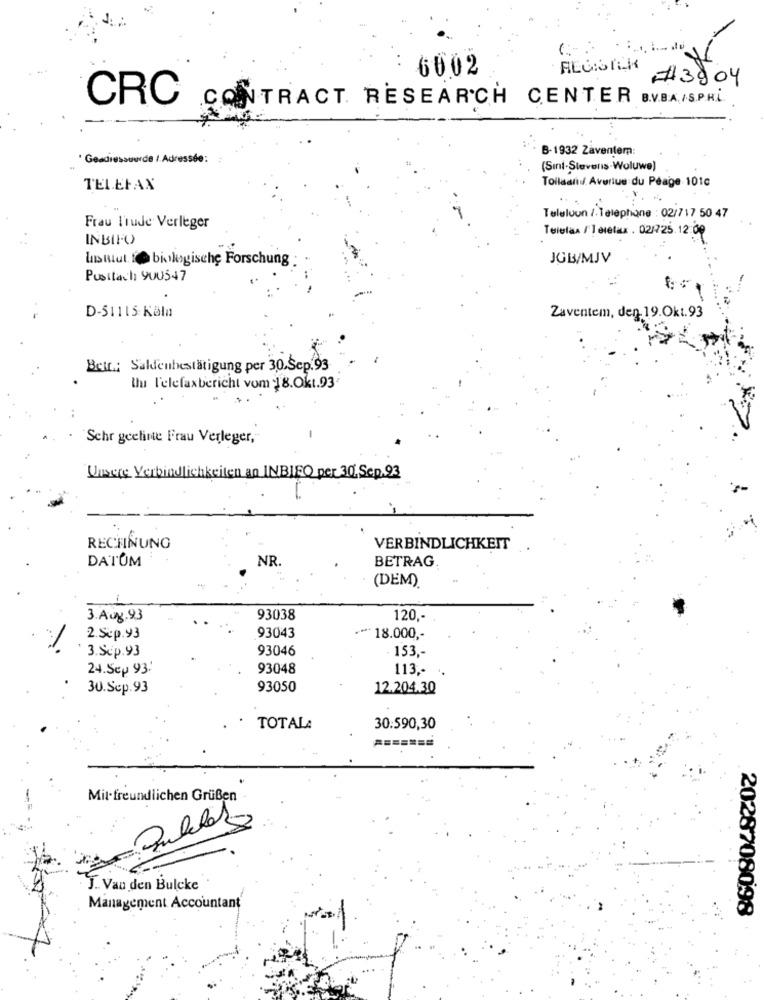
6002
#3904
CRC
CONTRACT RESEARCH CENTER B.V.B.A./S.P.H.
B-1932 Zaventem:
* Gesdressuurde /. Adressée:
(Sint-Stevens-Woluwe)
Tollaani Avenue du Péage 101c
TELEFAX
Teleluon / Telephone : 02/717 50 47
Frau T'rude Verleger
Telefax / Telefax . 02/725.12:09
INBIFO
untut. f@ biologische Forschung
JOB/MJV
Pusttach 900547
D-51115 Köln
Zaventem, den. 19.Okt.93
Belt .: Saldenbestätigung per 30.Sep.93
Ihr l'elefaxbericht vom 18.Okt.93
. Schr geelinte Frau Verleger,"
Unsere Verbindlichkeiten an INBIEO per 30. Sep.93
RECHNUNG
VERBINDLICHKEIT
DATUM
NR
BETRAG
(DEM).
3.Aug.93
93038
120 ,-
93043
2.Sep.93
*** 18.000 ,-
3.Sep.93
93046
153 ,-
24.Sep 93'
93048
113 .-
30.Sep.93
93050
12.204.30
. TOTALA
30:590,30
=======
Mit freundlichen Grußen
J .. Van den Bulcke
Management Accountant
2028708098